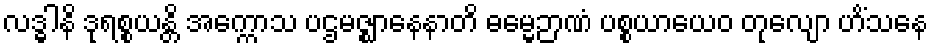
လဒ္ဓါနိ ဒုရစ္စယန္တိ အက္ကောသ ပဌမဇ္ဈာနေနာတိ ဓမ္မေဉာဏံ ပစ္စယာယေဝ တုလျော ဟိံသနေ